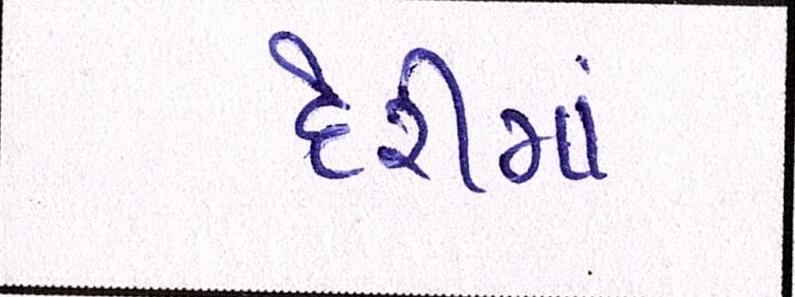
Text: દેરીમાં